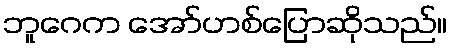
ဘူဂေက အော်ဟစ်ပြောဆိုသည်။